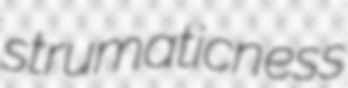
strumaticness